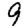
Digit: 9